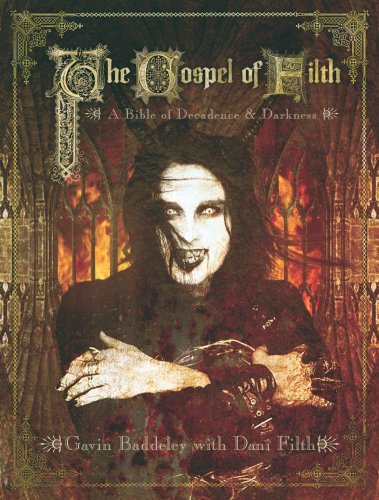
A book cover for The Gospel of Filth: A Bible of Decadence & Darkness; Gavin Baddeley; Religion & Spirituality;